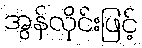
အွန်လိုင်းဖြင့်